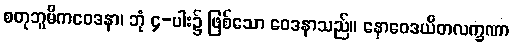
စတုဘူမိကဝေဒနာ၊ ဘုံ ၄-ပါး၌ ဖြစ်သော ဝေဒနာသည်။ နောဝေဒယိတလက္ခဏာ